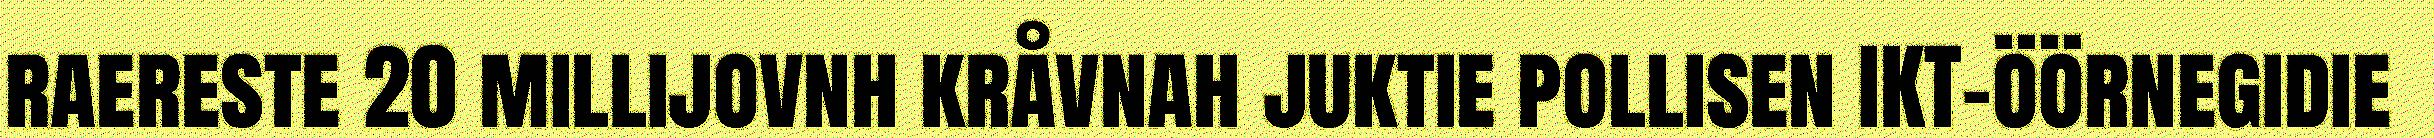
raereste 20 millijovnh kråvnah juktie pollisen IKT-öörnegidie